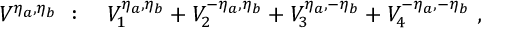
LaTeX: V ^ { \eta _ { a } , \eta _ { b } } \ : \ \ \ V _ { 1 } ^ { \eta _ { a } , \eta _ { b } } + V _ { 2 } ^ { - \eta _ { a } , \eta _ { b } } + V _ { 3 } ^ { \eta _ { a } , - \eta _ { b } } + V _ { 4 } ^ { - \eta _ { a } , - \eta _ { b } } \ ,